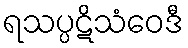
ရသပ္ပဋိသံဝေဒီ